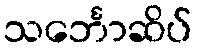
သင်္ဘောဆိပ်